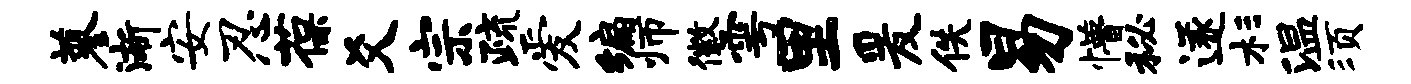
蓼渐安忍葆爻宗疏爱编师徽雩里爰佚易懵秘遂杉温须